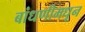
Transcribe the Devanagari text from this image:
बांधणीमधून